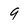
Character: 9